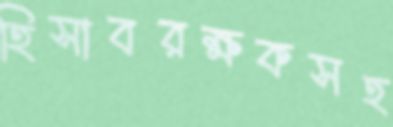
হিসাবরক্ষকসহ